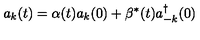
a _ { k } ( t ) = \alpha ( t ) a _ { k } ( 0 ) + \beta ^ { * } ( t ) a _ { - k } ^ { \dagger } ( 0 )